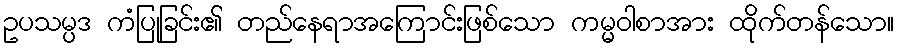
ဥပသမ္ပဒ ကံပြုခြင်း၏ တည်နေရာအကြောင်းဖြစ်သော ကမ္မဝါစာအား ထိုက်တန်သော။